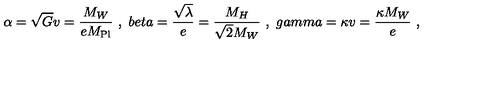
\alpha = \sqrt { G } v = \frac { M _ { W } } { e M _ { \mathrm { P l } } } \ , \ b e t a = \frac { \sqrt { \lambda } } { e } = \frac { M _ { H } } { \sqrt { 2 } M _ { W } } \ , \ g a m m a = \kappa v = \frac { \kappa M _ { W } } { e } \ ,